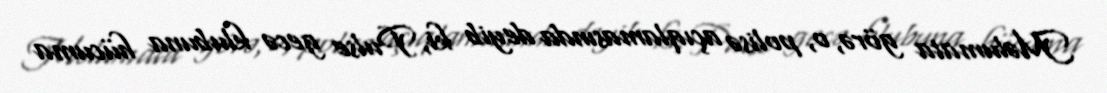
Məlumata görə, o, polisə açıqlamasında deyib ki, Pulse gecə klubuna hücuma